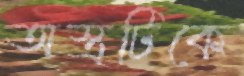
অস্ত্রটিকে